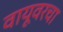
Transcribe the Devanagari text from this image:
वायूवरचा